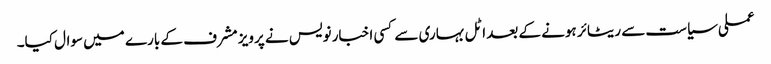
عملی سیاست سے ریٹائر ہونے کے بعد اٹل بہاری سے کسی اخبار نویس نے پرویز مشرف کے بارے میں سوال کیا۔